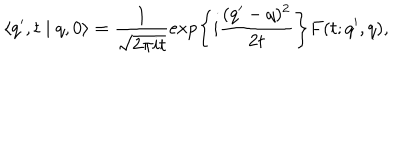
\langle q ^ { \prime } , t \mid q , 0 \rangle = \frac { 1 } { \sqrt { 2 \pi i t } } \exp \left\{ i \frac { ( q ^ { \prime } - q ) ^ { 2 } } { 2 t } \right\} F ( t ; q ^ { \prime } , q ) ,